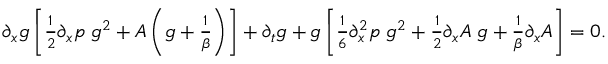
\begin{array} { r l } & { \partial _ { x } g \left[ \frac { 1 } { 2 } \partial _ { x } p \; g ^ { 2 } + A \left( g + \frac { 1 } { \beta } \right) \right] + \partial _ { t } g + g \left[ \frac { 1 } { 6 } \partial _ { x } ^ { 2 } p \; g ^ { 2 } + \frac { 1 } { 2 } \partial _ { x } A \; g + \frac { 1 } { \beta } \partial _ { x } A \right] = 0 . } \end{array}